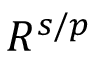
R ^ { s / p }